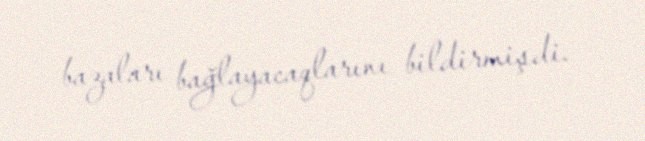
bazaları bağlayacaqlarını bildirmişdi.